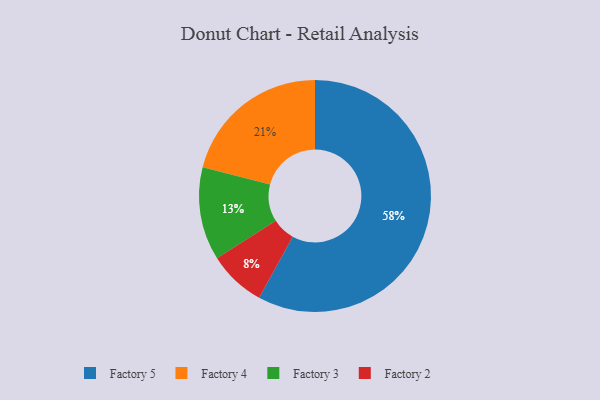
{"axis": {"x": "Category", "y": "Percentage"}, "legend": ["Factory 2", "Factory 3", "Factory 4", "Factory 5"], "data": [{"x": "Factory 2", "y": 8, "type": "Factory 2"}, {"x": "Factory 4", "y": 21, "type": "Factory 4"}, {"x": "Factory 3", "y": 13, "type": "Factory 3"}, {"x": "Factory 5", "y": 58, "type": "Factory 5"}]}